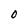
Character: O